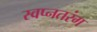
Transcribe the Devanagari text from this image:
स्वप्नतरंग